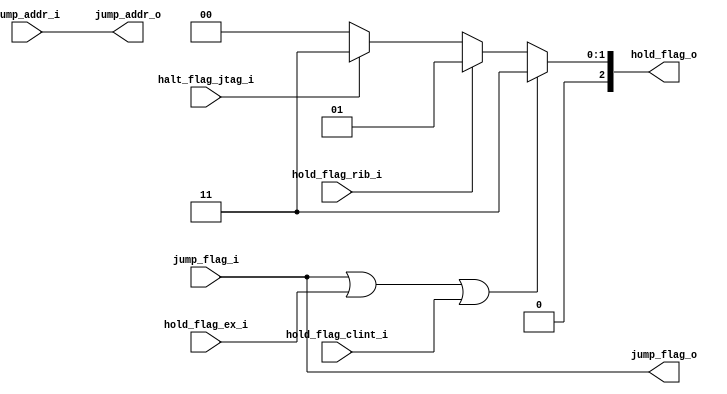
module control(
input jump_flag_i,
input [31:0] jump_addr_i,
input hold_flag_ex_i,
input hold_flag_rib_i,
input halt_flag_jtag_i,
input hold_flag_clint_i,
output [2:0] hold_flag_o,
output jump_flag_o,
output [31:0] jump_addr_o
);

always@(*) begin
	jump_addr_o = jump_addr_i;
	jump_flag_o = jump_flag_i;
	hold_flag = 0;
	if(jump_flag_i == 1 || hold_flag_ex_i == 1 || hold_flag_clint_i == 1) begin
		hold_flag_o = 3'b011; //pause the pipeline
	end else if (hold_flag_rib_i == 1) begin
		hold_flag_o = 3'b001; //pause pc
	end else if (halt_flag_jtag_i == 1) begin
		hold_flag_o = 3'b011;
	end else begin
		hold_flag_o = 0;
	end
end

endmodule